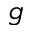
g